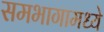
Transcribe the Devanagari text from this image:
समभागामध्ये